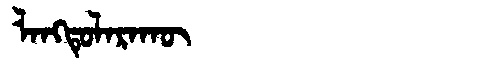
Manchu: ᠯᠠᠩᡨᡠᠯᠠᡵᠠᡴᡡ
Romanization: LANGTULARAKŪ